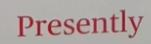
Presently